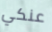
عنكي